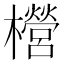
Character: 櫿